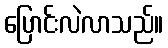
ပြောင်းလဲလာသည်။